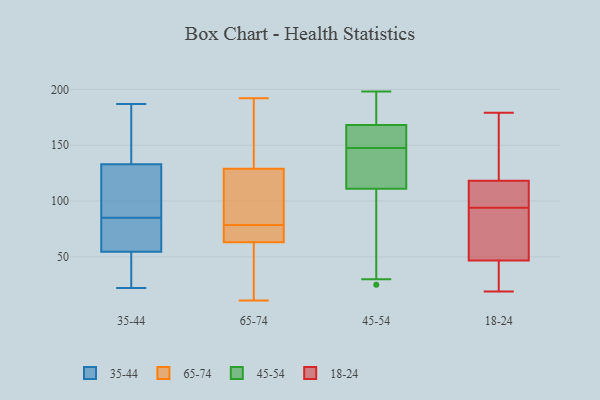
{"axis": {"x": "Net Income (USD K)", "y": "Value"}, "legend": ["18-24", "35-44", "45-54", "65-74"], "data": [{"x": "", "y": 22, "type": "35-44"}, {"x": "", "y": 125, "type": "35-44"}, {"x": "", "y": 51, "type": "35-44"}, {"x": "", "y": 101, "type": "35-44"}, {"x": "", "y": 76, "type": "35-44"}, {"x": "", "y": 62, "type": "35-44"}, {"x": "", "y": 135, "type": "35-44"}, {"x": "", "y": 46, "type": "35-44"}, {"x": "", "y": 147, "type": "35-44"}, {"x": "", "y": 71, "type": "35-44"}, {"x": "", "y": 134, "type": "35-44"}, {"x": "", "y": 187, "type": "35-44"}, {"x": "", "y": 41, "type": "35-44"}, {"x": "", "y": 85, "type": "35-44"}, {"x": "", "y": 130, "type": "35-44"}, {"x": "", "y": 52, "type": "35-44"}, {"x": "", "y": 76, "type": "35-44"}, {"x": "", "y": 187, "type": "35-44"}, {"x": "", "y": 101, "type": "35-44"}, {"x": "", "y": 55, "type": "65-74"}, {"x": "", "y": 129, "type": "65-74"}, {"x": "", "y": 63, "type": "65-74"}, {"x": "", "y": 158, "type": "65-74"}, {"x": "", "y": 72, "type": "65-74"}, {"x": "", "y": 65, "type": "65-74"}, {"x": "", "y": 17, "type": "65-74"}, {"x": "", "y": 70, "type": "65-74"}, {"x": "", "y": 85, "type": "65-74"}, {"x": "", "y": 171, "type": "65-74"}, {"x": "", "y": 31, "type": "65-74"}, {"x": "", "y": 133, "type": "65-74"}, {"x": "", "y": 109, "type": "65-74"}, {"x": "", "y": 192, "type": "65-74"}, {"x": "", "y": 101, "type": "65-74"}, {"x": "", "y": 97, "type": "65-74"}, {"x": "", "y": 66, "type": "65-74"}, {"x": "", "y": 11, "type": "65-74"}, {"x": "", "y": 25, "type": "45-54"}, {"x": "", "y": 197, "type": "45-54"}, {"x": "", "y": 198, "type": "45-54"}, {"x": "", "y": 123, "type": "45-54"}, {"x": "", "y": 111, "type": "45-54"}, {"x": "", "y": 153, "type": "45-54"}, {"x": "", "y": 142, "type": "45-54"}, {"x": "", "y": 30, "type": "45-54"}, {"x": "", "y": 168, "type": "45-54"}, {"x": "", "y": 157, "type": "45-54"}, {"x": "", "y": 116, "type": "18-24"}, {"x": "", "y": 52, "type": "18-24"}, {"x": "", "y": 116, "type": "18-24"}, {"x": "", "y": 70, "type": "18-24"}, {"x": "", "y": 179, "type": "18-24"}, {"x": "", "y": 24, "type": "18-24"}, {"x": "", "y": 125, "type": "18-24"}, {"x": "", "y": 37, "type": "18-24"}, {"x": "", "y": 94, "type": "18-24"}, {"x": "", "y": 50, "type": "18-24"}, {"x": "", "y": 19, "type": "18-24"}, {"x": "", "y": 106, "type": "18-24"}, {"x": "", "y": 130, "type": "18-24"}]}